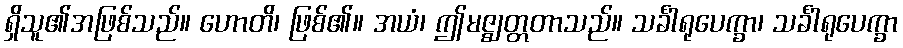
ရှိသူ၏အဖြစ်သည်။ ဟောတိ၊ ဖြစ်၏။ အယံ၊ ဤမဇ္ဈတ္တတာသည်။ သင်္ခါရုပေက္ခာ၊ သင်္ခါရုပေက္ခာ